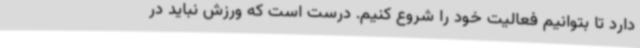
دارد تا بتوانیم فعالیت خود را شروع کنیم. درست است که ورزش نباید در